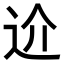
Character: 𨑸